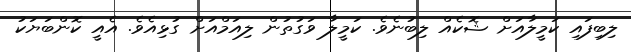
ލިބިފައި ކަމީލާއަށް ޝޮކެއް ލިބުނެވެ. ކަމީލާ ވަގުތުން ލިއަމްއަށް ގުޅިއެވެ. އެއީ ކޮންބަޔަކު